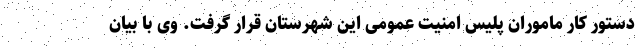
دستور کار ماموران پلیس امنیت عمومی این شهرستان قرار گرفت. وی با بیان